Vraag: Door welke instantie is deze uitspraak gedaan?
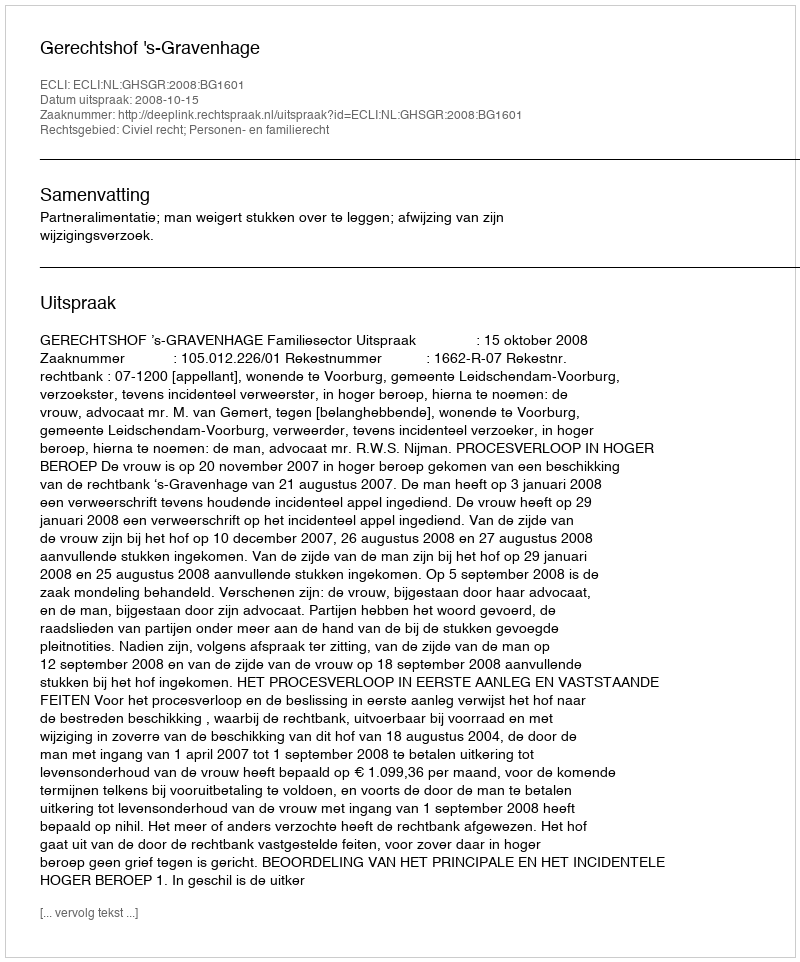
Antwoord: Gerechtshof 's-Gravenhage